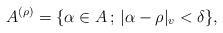
LaTeX: \begin{align*} A^{(\rho)}=\{\alpha\in A\,;\, |\alpha-\rho|_v<\delta\},\end{align*}